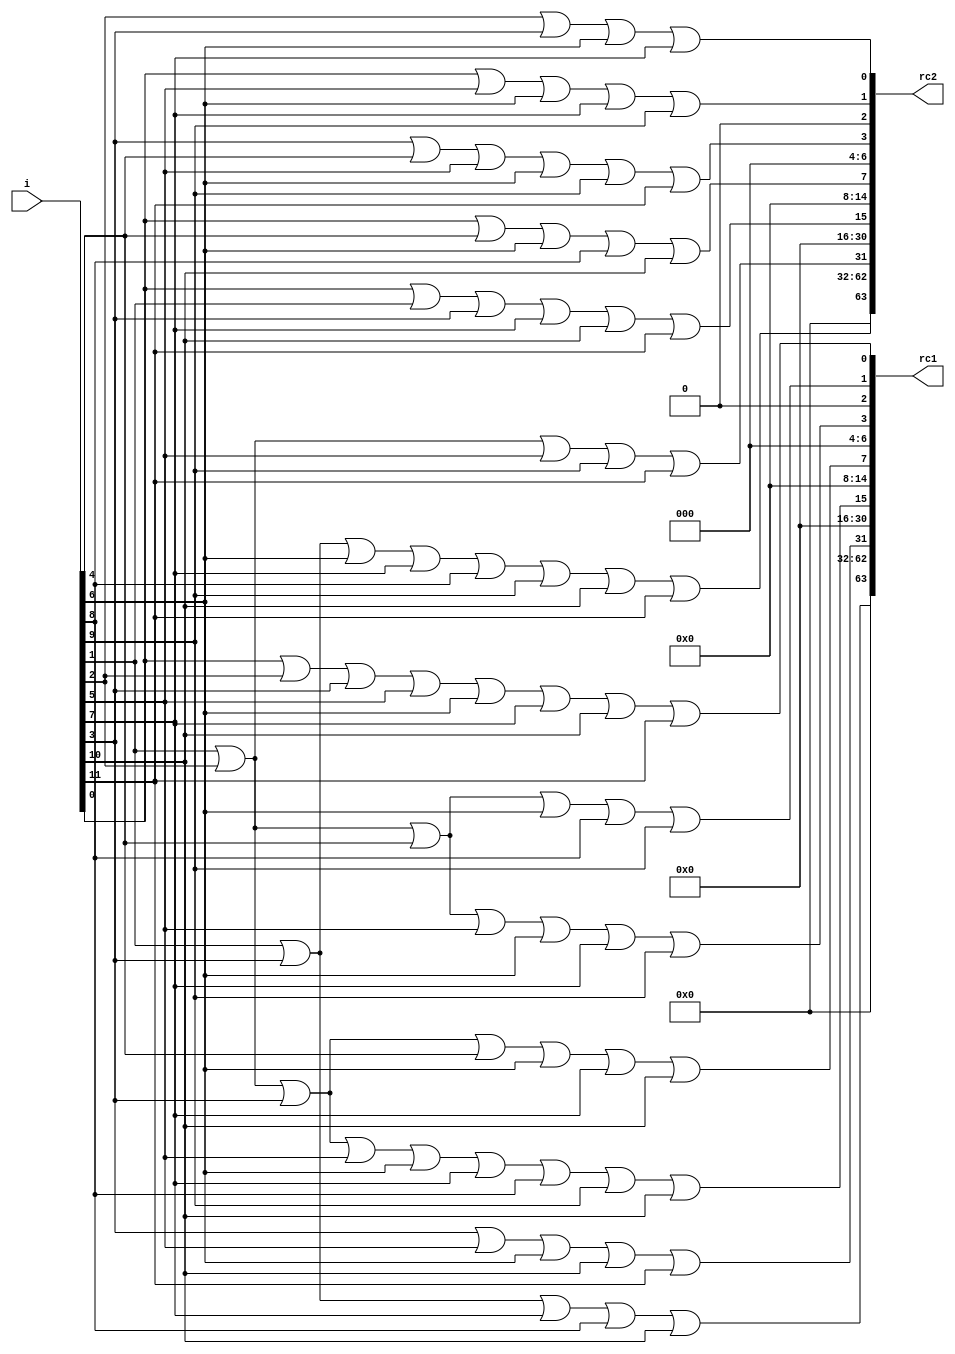
module rconst2in1(i, rc1, rc2);
    input  [11:0] i;
    output [63:0] rc1, rc2;
    reg    [63:0] rc1, rc2;
    
    always @ (i)
      begin
        rc1 = 0;
        rc1[0] = i[0] | i[2] | i[3] | i[5] | i[6] | i[7] | i[10] | i[11];
        rc1[1] = i[1] | i[2] | i[4] | i[6] | i[8] | i[9];
        rc1[3] = i[1] | i[2] | i[4] | i[5] | i[6] | i[7] | i[9];
        rc1[7] = i[1] | i[2] | i[3] | i[4] | i[6] | i[7] | i[10];
        rc1[15] = i[1] | i[2] | i[3] | i[5] | i[6] | i[7] | i[8] | i[9] | i[10];
        rc1[31] = i[3] | i[5] | i[6] | i[10] | i[11];
        rc1[63] = i[1] | i[3] | i[7] | i[8] | i[10];
      end
    
    always @ (i)
      begin
        rc2 = 0;
        rc2[0] = i[2] | i[3] | i[6] | i[7];
        rc2[1] = i[0] | i[5] | i[6] | i[7] | i[9];
        rc2[3] = i[3] | i[4] | i[5] | i[6] | i[9] | i[11];
        rc2[7] = i[0] | i[4] | i[6] | i[8] | i[10];
        rc2[15] = i[0] | i[1] | i[3] | i[7] | i[10] | i[11];
        rc2[31] = i[1] | i[2] | i[5] | i[9] | i[11];
        rc2[63] = i[1] | i[3] | i[6] | i[7] | i[8] | i[9] | i[10] | i[11];
      end
endmodule